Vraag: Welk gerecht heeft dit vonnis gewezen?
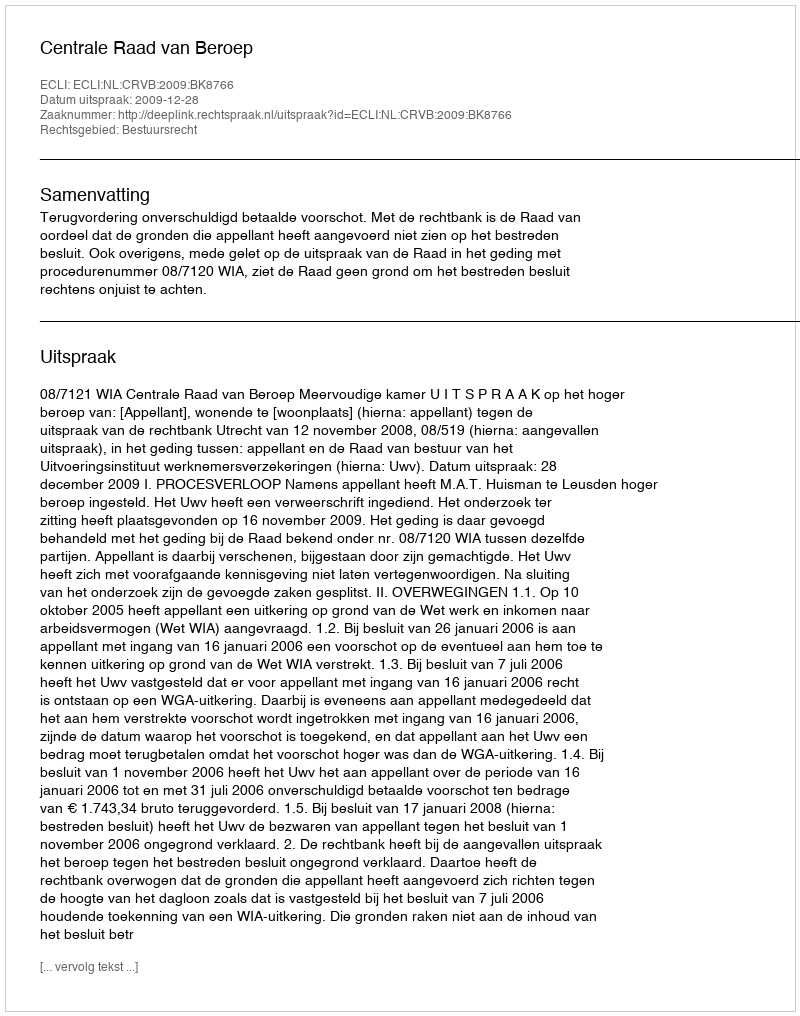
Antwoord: Centrale Raad van Beroep